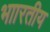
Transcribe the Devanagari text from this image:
भाारतीय